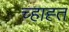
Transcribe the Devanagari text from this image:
च्हाह्त